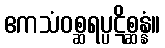
ဧကသံဝစ္ဆရပ္ပဋိစ္ဆန္နံ။